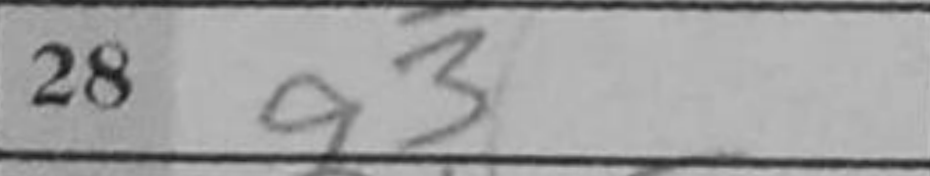
Transcription: g3